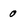
Character: 0